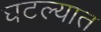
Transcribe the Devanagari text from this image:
घटल्यात